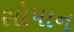
સોપાન